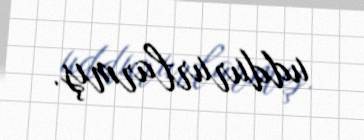
uddururlarmış.